Civil Veterinary Dept. Bombay admin report 1932-41 - 1932-1941
Year: 1932
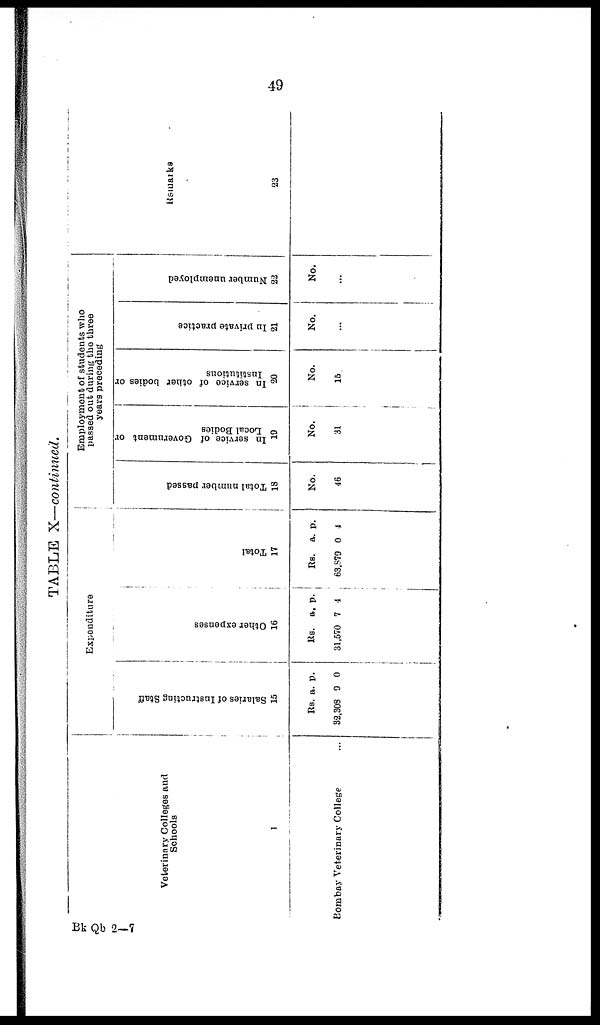
49
TABLE X—continued.
Veterinary Colleges and
Schools
1
Bombay Veterinary College ...
Expenditure
Sal ar i
es of I ns t
r uct i
ng St af f
15
Rs.
32,308
a.
9
p.
0
Ot her e xpe ns e s
16
Rs.
31,570
a.
7
p.
4
Tot al
17
Rs.
63,979
a.
0
p.
4
Employment of students who
passed out during the three
years preceding
Total number passed
18
No.
46
In service of Government or
Local Bodies
19
No.
31
In service of other bodies or
Institutions
20
No.
15
In private practice
21
No.
...
Number unemployed
22
No.
...
Remarks
23
Bk Qb 2—7